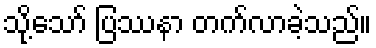
သို့သော် ပြဿနာ တက်လာခဲ့သည်။